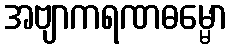
အဗျာကရဏဓမ္မော